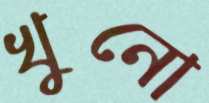
খুনো